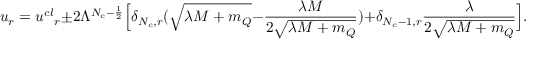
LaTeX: u _ { r } = { u ^ { c l } } _ { r } \pm 2 \Lambda ^ { N _ { c } - \frac { 1 } { 2 } } \Big [ \delta _ { N _ { c } , r } ( \sqrt { \lambda M + m _ { Q } } - \frac { \lambda M } { 2 \sqrt { \lambda M + m _ { Q } } } ) + \delta _ { N _ { c } - 1 , r } \frac { \lambda } { 2 \sqrt { \lambda M + m _ { Q } } } \Big ] .